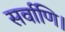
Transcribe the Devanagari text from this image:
सर्वाणि।